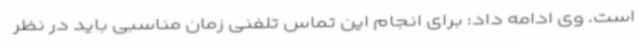
است. وی ادامه داد: برای انجام این تماس تلفنی زمان مناسبی باید در نظر